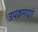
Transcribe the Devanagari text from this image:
उपक्रमाद्वारे